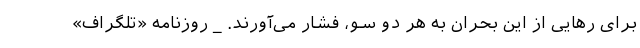
برای رهایی از این بحران به هر دو سو، فشار می‌آورند. _ روزنامه «تلگراف»